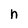
Character: n